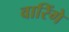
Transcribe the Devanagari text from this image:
वारिंगे